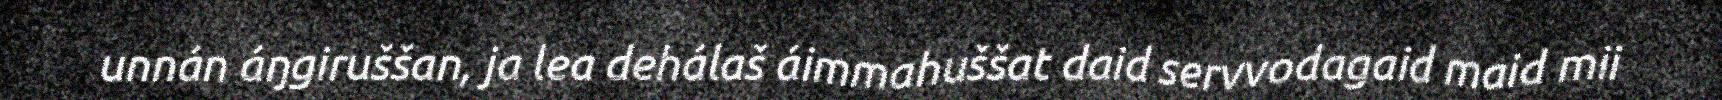
unnán áŋgiruššan, ja lea dehálaš áimmahuššat daid servvodagaid maid mii